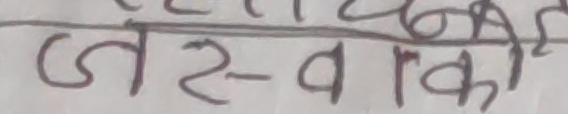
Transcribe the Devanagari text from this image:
जस्वकी